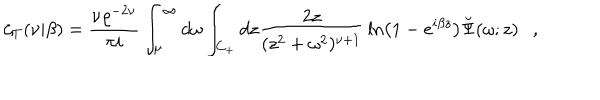
\zeta _ { T } ( \nu | \beta ) = { \frac { \nu \varrho ^ { - 2 \nu } } { \pi i } } \int _ { \mu } ^ { \infty } d \omega \int _ { C _ { + } } d z { \frac { 2 z } { ( z ^ { 2 } + \omega ^ { 2 } ) ^ { \nu + 1 } } } \ln \left( 1 - e ^ { i \beta z } \right) \breve { \Psi } ( \omega ; z ) ,